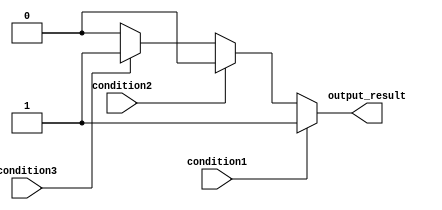
module multiple_if_else(
    input wire condition1,
    input wire condition2,
    input wire condition3,
    output reg output_result
);

always @* begin
    if (condition1) begin
        output_result = 1;
    end else if (condition2) begin
        output_result = 2;
    end else if (condition3) begin
        output_result = 3;
    end else begin
        output_result = 0; // Default case
    end
end

endmodule